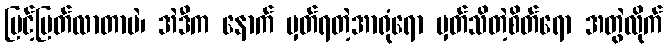
မြင့်မြတ်လာတာပဲ၊ အဲဒီက နောက် မှတ်ရတဲ့အာရုံရော မှတ်သိတဲ့စိတ်ရော အတွဲလိုက်